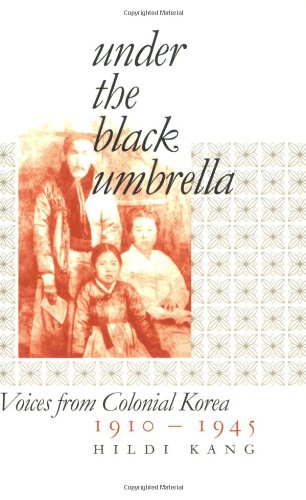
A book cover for Under the Black Umbrella: Voices from Colonial Korea, 1910-1945; Hildi Kang; Biographies & Memoirs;